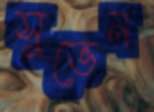
সুভেন